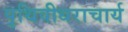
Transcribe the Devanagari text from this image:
पृथिवीधराचार्य